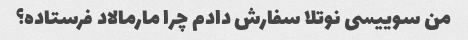
من سوییسی نوتلا سفارش دادم چرا مارمالاد فرستاده؟